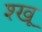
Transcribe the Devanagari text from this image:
श्खू